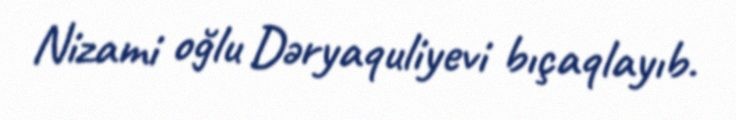
Nizami oğlu Dəryaquliyevi bıçaqlayıb.